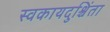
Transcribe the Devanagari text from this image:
स्वकायदुश्चिंता